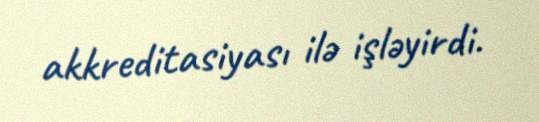
akkreditasiyası ilə işləyirdi.